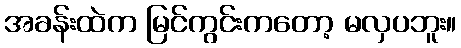
အခန်းထဲက မြင်ကွင်းကတော့ မလှပဘူး။